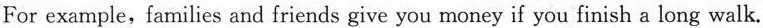
For example, families and friends give you money if you finish a long walk.